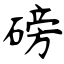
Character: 磅